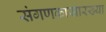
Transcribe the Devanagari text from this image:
संगणकासारख्या